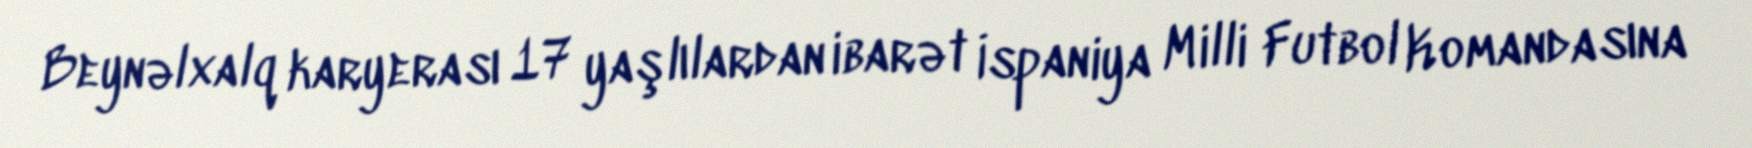
Beynəlxalq karyerası 17 yaşlılardan ibarət İspaniya Milli Futbol Komandasına